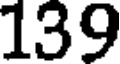
139